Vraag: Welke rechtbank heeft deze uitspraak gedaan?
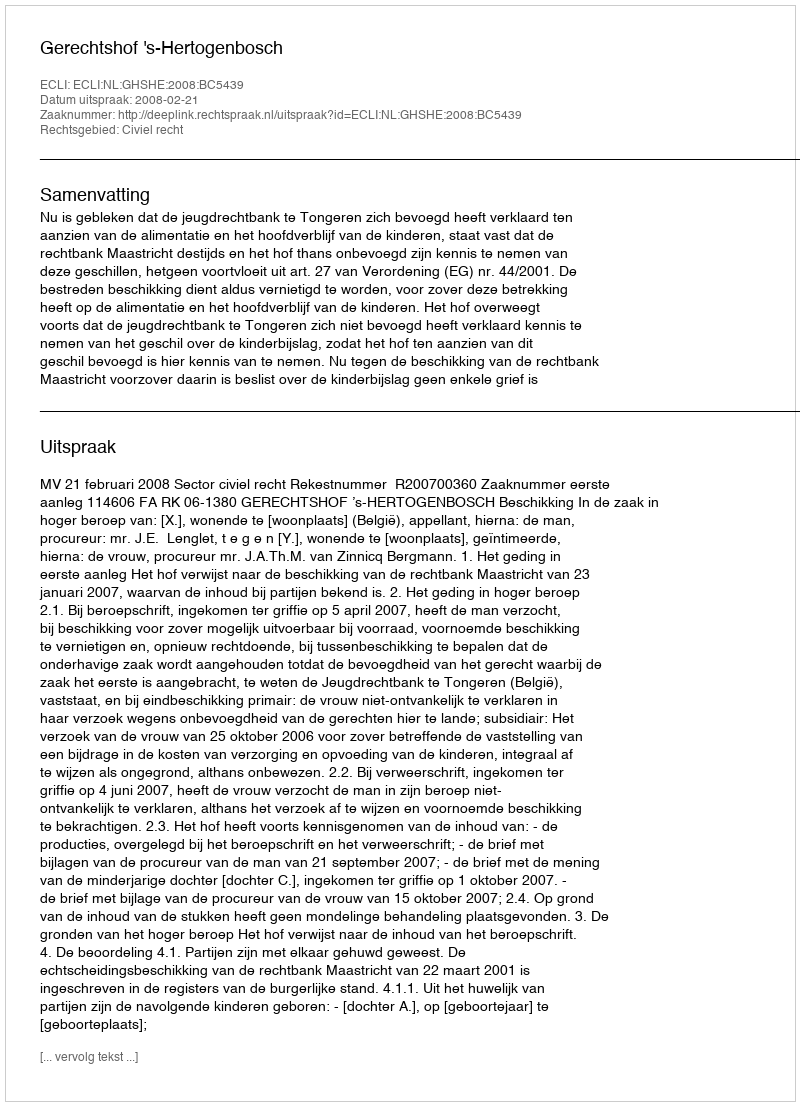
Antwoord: Gerechtshof 's-Hertogenbosch